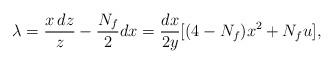
LaTeX: \begin{align*}\lambda = \frac{x \, dz}{z} - \frac{N_f}{2} dx =\frac{dx}{2y}[(4-N_f)x^2 + N_f u],\end{align*}